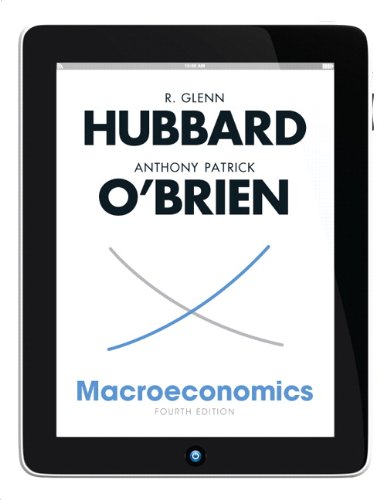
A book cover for Macroeconomics (4th Edition); Glenn P. Hubbard; Business & Money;